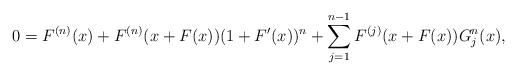
LaTeX: \begin{align*}0=F^{(n)}(x)+F^{(n)}(x+F(x))(1+F^{\prime}(x))^{n}+\sum_{j=1}^{n-1}F^{(j)}(x+F(x))G_{j}^{n}(x),\end{align*}